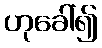
ဟုခေါ်၍